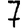
Digit: 7